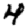
Digit: 4